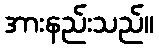
အားနည်းသည်။